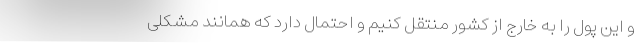
و این پول را به خارج از کشور منتقل کنیم و احتمال دارد که همانند مشکلی